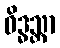
ဝိဒ္ဓသ္တာ